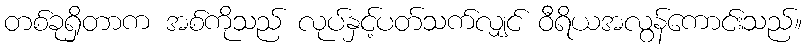
တစ်ခုရှိတာက အစ်ကိုသည် လုပ်နှင့်ပတ်သက်လျှင် ဝီရိယအလွန်ကောင်းသည်။